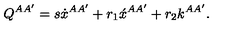
Q ^ { A A ^ { \prime } } = s \dot { x } { } ^ { A A ^ { \prime } } + r _ { 1 } \acute { x } { } ^ { A A ^ { \prime } } + r _ { 2 } k ^ { A A ^ { \prime } } .